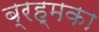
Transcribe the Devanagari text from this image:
ब्रह्मका